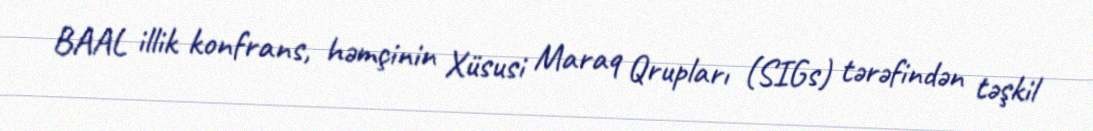
BAAL illik konfrans, həmçinin Xüsusi Maraq Qrupları (SIGs) tərəfindən təşkil